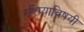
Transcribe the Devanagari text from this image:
रशियाविषयी